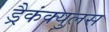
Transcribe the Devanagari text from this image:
ड्रैकंक्युलस